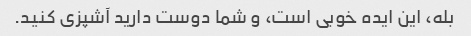
بله، این ایده خوبی است، و شما دوست دارید آشپزی کنید.